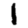
Digit: 1